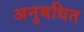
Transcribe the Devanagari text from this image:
अनुबधित